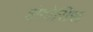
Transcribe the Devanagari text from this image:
इंफ़ोसिस